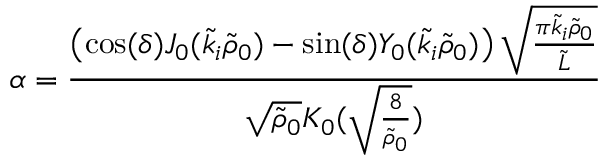
\alpha = \frac { \left( \cos ( \delta ) J _ { 0 } ( \tilde { k } _ { i } \tilde { \rho } _ { 0 } ) - \sin ( \delta ) Y _ { 0 } ( \tilde { k } _ { i } \tilde { \rho } _ { 0 } ) \right) \sqrt { \frac { \pi \tilde { k } _ { i } \tilde { \rho } _ { 0 } } { \tilde { L } } } } { \sqrt { \tilde { \rho } _ { 0 } } K _ { 0 } ( \sqrt { \frac { 8 } { \tilde { \rho } _ { 0 } } } ) }